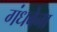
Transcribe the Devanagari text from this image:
गंधबेना